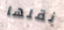
نقلها